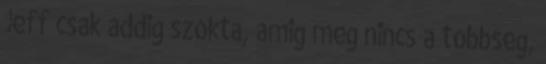
Jeff csak addig szokta, amig meg nincs a tobbseg,